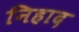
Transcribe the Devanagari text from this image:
निहाद